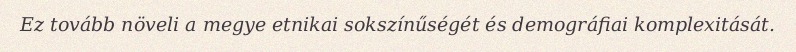
Ez tovább növeli a megye etnikai sokszínűségét és demográfiai komplexitását.